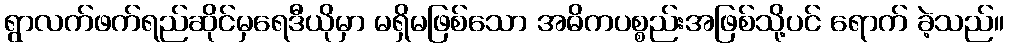
ရွာလက်ဖက်ရည်ဆိုင်မှရေဒီယိုမှာ မရှိမဖြစ်သော အဓိကပစ္စည်းအဖြစ်သို့ပင် ရောက် ခဲ့သည်။